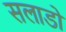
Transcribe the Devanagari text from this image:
सलाडो